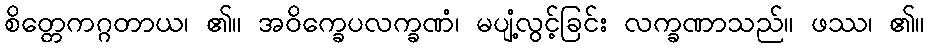
စိတ္တေကဂ္ဂတာယ၊ ၏။ အဝိက္ခေပလက္ခဏံ၊ မပျံ့လွင့်ခြင်း လက္ခဏာသည်။ ဖဿ၊ ၏။